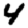
Digit: 4